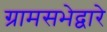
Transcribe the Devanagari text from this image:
ग्रामसभेद्वारे